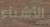
الأشياء